Annual vaccination report of Bihar and Orissa - 1911-1928
Year: 1911
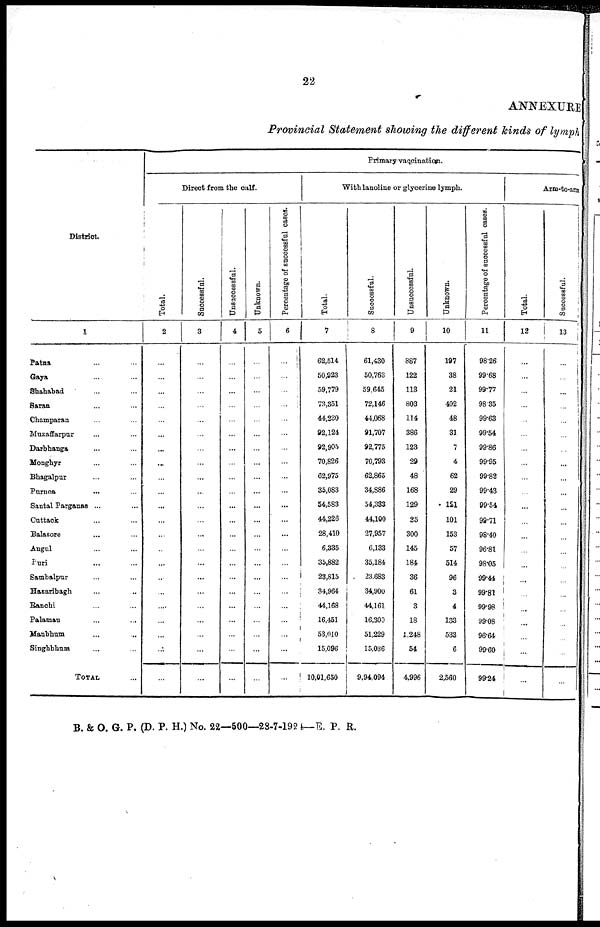
22
ANNEXURE
Provincial Statement showing the different kinds of lymph
District.
1
Patna ... ...
Gaya ... ...
Shababad ... ...
Saran ... ...
Champaran ... ...
Muzaffarpur ... ...
Darbhanga ... ...
Monghyr ... ...
Bhagalpur ... ...
Purnea ... ...
Santal Parganas ...
Cuttack ... ...
Balasore ... ...
Angul ... ...
Puri ... ...
Sambalpur ... ...
Hazaribagh ... ...
Ranchi ... ...
Palamau ... ...
Manbhum ... ...
Singhbhum ... ...
TOTAL ...
Direct from the calf.
Total.
2
...
...
...
...
...
...
...
...
...
...
...
...
...
...
...
...
...
...
...
...
...
...
Successful.
3
...
...
...
...
...
...
...
...
...
...
...
...
...
...
...
...
...
...
...
...
...
...
Unsuccessful.
4
...
...
...
...
...
...
...
...
...
...
...
...
...
...
...
...
...
...
...
...
...
...
Unknown.
5
...
...
...
...
...
...
...
...
...
...
...
...
...
...
...
...
...
...
...
...
...
...
Primary vaccination.
Per cent age of successful cases.
6
...
...
...
...
...
...
...
...
...
...
...
...
...
...
...
...
...
...
...
...
...
...
With lanoline or glycerine lymph.
Total.
7
62,514
50,923
59,779
73,351
44,230
92,124
92,905
70,826
62,975
35,083
54,583
44,226
28,410
6,335
35,882
23,815
34,964
44,168
16,451
53,010
15,096
10,01,650
Successful.
8
61,430
50,763
59,645
72,146
44,068
91,707
92,775
70,793
62,865
34,886
54,383
44,100
27,957
6,133
35,184
23,683
34,900
44,161
16,300
51,229
15,036
9,94,094
Unsuccessful.
9
887
122
118
803
114
386
123
29
48
168
129
25
300
145
184
36
61
3
18
1,248
54
4,996
Unknown.
10
197
38
21
402
48
31
7
4
62
29
121
101
153
57
514
96
3
4
133
533
6
2,560
Percentage of successful cases.
11
98.26
99.68
99.77
98.35
99.63
99.54
99.86
99.95
99.82
99.43
99.54
99.71
98.40
96.81
98.05
99.44
99.81
99.98
99.08
96.64
99.60
99.24
Arm-to-arm
Total.
12
...
...
...
...
...
...
...
...
...
...
...
...
...
...
...
...
...
...
...
...
...
...
Successful.
13
...
...
...
...
...
...
...
...
...
...
...
...
...
...
...
...
...
...
...
...
...
...
B. & O. G. P. (D. P. H.) No. 22—500—28-7-1924—E. P. R.